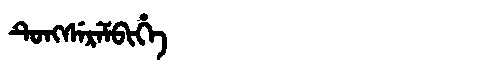
Manchu: ᡨᡠᠩᠰᡝᡵᡝᠮᠪᡳᡥᡝ
Romanization: TUNGSEREMBIHE